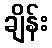
ချိန်း